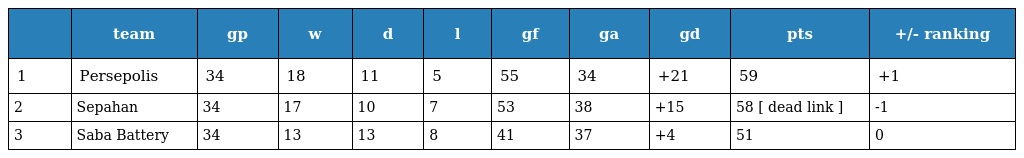
|  | team | gp | w | d | l | gf | ga | gd | pts | +/- ranking |
 | --- | --- | --- | --- | --- | --- | --- | --- | --- | --- | --- |
 | 1 | Persepolis | 34 | 18 | 11 | 5 | 55 | 34 | +21 | 59 | +1 |
 | 2 | Sepahan | 34 | 17 | 10 | 7 | 53 | 38 | +15 | 58 [ dead link ] | -1 |
 | 3 | Saba Battery | 34 | 13 | 13 | 8 | 41 | 37 | +4 | 51 | 0 |